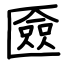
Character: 匳